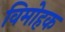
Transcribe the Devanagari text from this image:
विमोहक